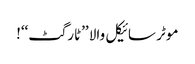
موٹر سائیکل والا ’’ٹارگٹ‘‘!